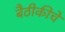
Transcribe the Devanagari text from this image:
बैठीकीचे